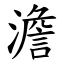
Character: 澹